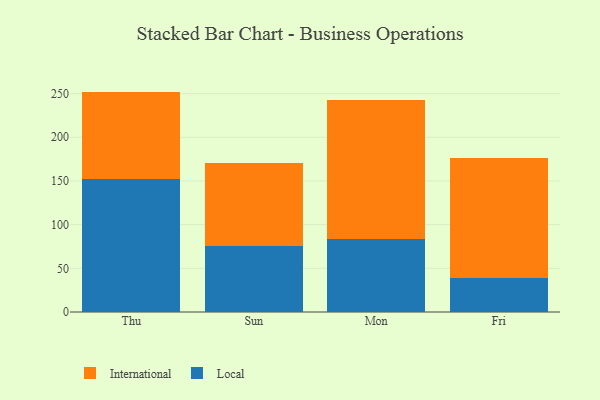
{"axis": {"x": "Day", "y": "Active Users"}, "legend": ["International", "Local"], "data": [{"x": "Thu", "y": 151.7, "type": "Local"}, {"x": "Thu", "y": 100.6, "type": "International"}, {"x": "Sun", "y": 75.1, "type": "Local"}, {"x": "Sun", "y": 95.0, "type": "International"}, {"x": "Mon", "y": 83.3, "type": "Local"}, {"x": "Mon", "y": 158.9, "type": "International"}, {"x": "Fri", "y": 38.7, "type": "Local"}, {"x": "Fri", "y": 137.5, "type": "International"}]}